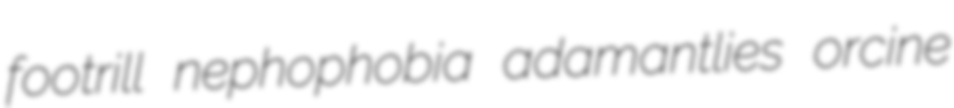
footrill nephophobia adamantlies orcine